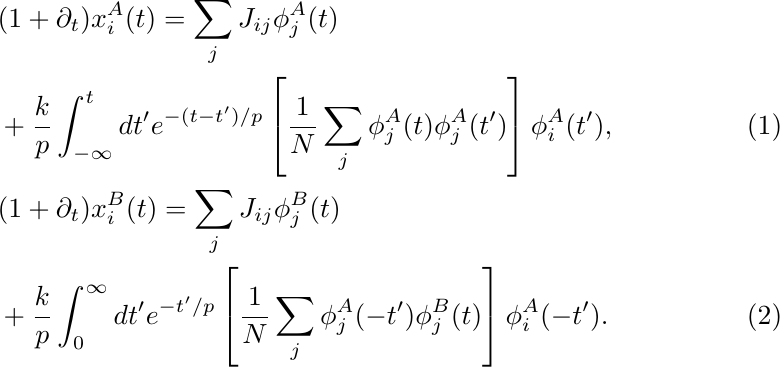
\begin{align}
&(1 + \partial_t)x^A_i(t) = \sum_j J_{ij}\phi^A_j(t) \nonumber \\
&+ \frac{k}{p}\int_{-\infty}^t dt' e^{-({t-t'})/{p}} \left[\frac{1}{N}\sum_j \phi^A_j(t)\phi^A_j(t') \right] \phi^A_i(t'),
	\label{eq:highd2replicaA} \\
&(1 + \partial_t) x^B_i(t) =  \sum_j J_{ij}\phi_j^B(t) \nonumber\\
&+ \frac{k}{p} \int_{0}^\infty dt' e^{-t'/p} \left[\frac{1}{N}\sum_j \phi^A_j(-t')\phi^B_j(t) \right] \phi^A_i(-t').
	\label{eq:highd2replicaB}
\end{align}